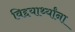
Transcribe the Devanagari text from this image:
विद्दयार्थ्यांना